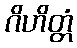
ဂိဟိတ္တံ